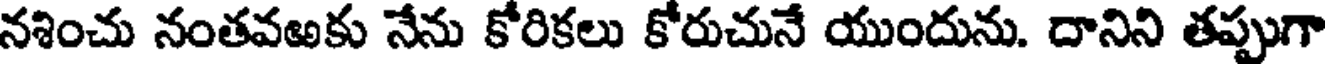
నశించు నంతవఱకు నేను కోరికలు కోరుచునే యుందును. దానిని తప్పుగా